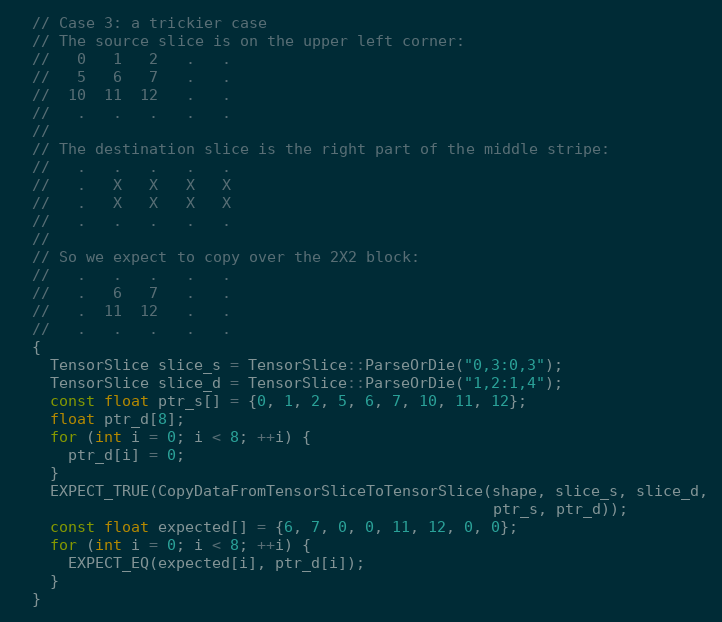
Language: C++
  // Case 3: a trickier case
  // The source slice is on the upper left corner:
  //   0   1   2   .   .
  //   5   6   7   .   .
  //  10  11  12   .   .
  //   .   .   .   .   .
  //
  // The destination slice is the right part of the middle stripe:
  //   .   .   .   .   .
  //   .   X   X   X   X
  //   .   X   X   X   X
  //   .   .   .   .   .
  //
  // So we expect to copy over the 2X2 block:
  //   .   .   .   .   .
  //   .   6   7   .   .
  //   .  11  12   .   .
  //   .   .   .   .   .
  {
    TensorSlice slice_s = TensorSlice::ParseOrDie("0,3:0,3");
    TensorSlice slice_d = TensorSlice::ParseOrDie("1,2:1,4");
    const float ptr_s[] = {0, 1, 2, 5, 6, 7, 10, 11, 12};
    float ptr_d[8];
    for (int i = 0; i < 8; ++i) {
      ptr_d[i] = 0;
    }
    EXPECT_TRUE(CopyDataFromTensorSliceToTensorSlice(shape, slice_s, slice_d,
                                                     ptr_s, ptr_d));
    const float expected[] = {6, 7, 0, 0, 11, 12, 0, 0};
    for (int i = 0; i < 8; ++i) {
      EXPECT_EQ(expected[i], ptr_d[i]);
    }
  }